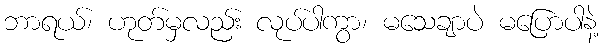
ဘာရယ်၊ ဟုတ်မှလည်း လုပ်ပါကွာ၊ မသေချာပဲ မပြောပါနဲ့